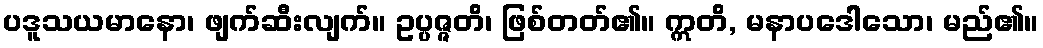
ပဒူသယမာနော၊ ဖျက်ဆီးလျက်။ ဥပ္ပဇ္ဇတိ၊ ဖြစ်တတ်၏။ ဣတိ, မနာပဒေါသော၊ မည်၏။